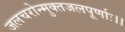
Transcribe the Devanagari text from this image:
जलचरोन्मुक्तजलपूर्णाः।।